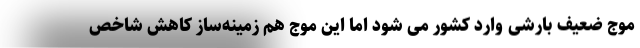
موج ضعیف بارشی وارد کشور می شود اما این موج هم زمینه‌ساز کاهش شاخص